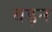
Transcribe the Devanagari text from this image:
बड़न